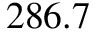
2 8 6 . 7